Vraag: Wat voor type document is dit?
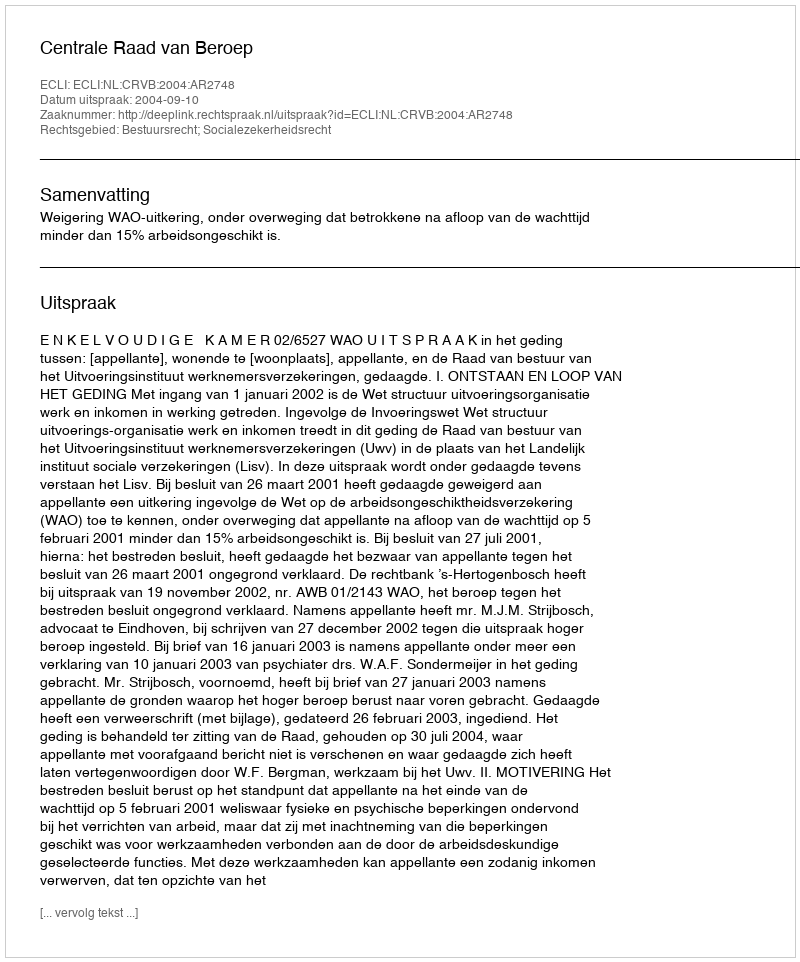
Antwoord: Uitspraak